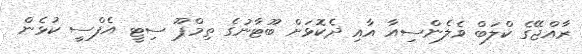
ރާއްޖޭގެ ކްލަބް ވެލެންސިއާ އާއި ދެކޮޅަށް ބޫޓާނުގެ ތިމްޕޫ ސިޓީ އެފްސީ ކުޅެން